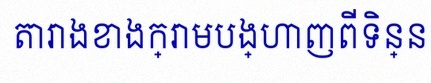
តារាងខាងក្រោមបង្ហាញពីទិន្នន័យ